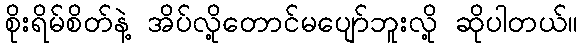
စိုးရိမ်စိတ်နဲ့ အိပ်လို့တောင်မပျော်ဘူးလို့ ဆိုပါတယ်။